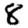
Digit: 8